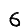
Digit: 6